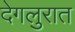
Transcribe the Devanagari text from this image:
देगलुरात